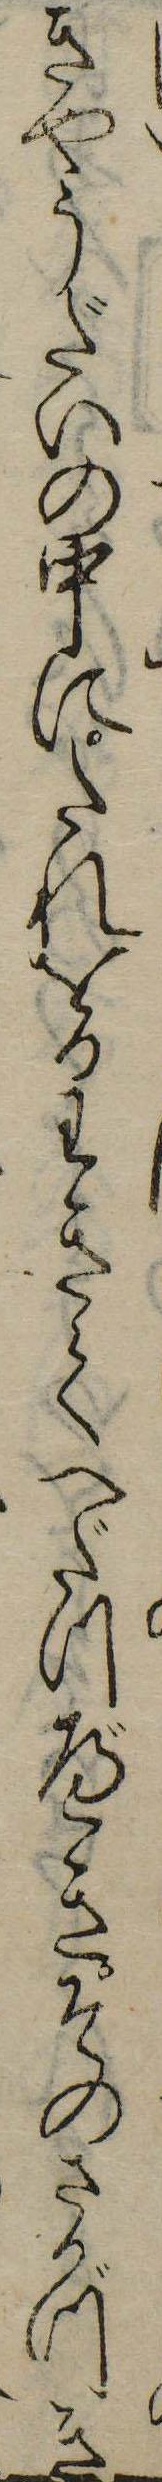
きやうだいの中にたれをかわきてへだつべきそのさかづき